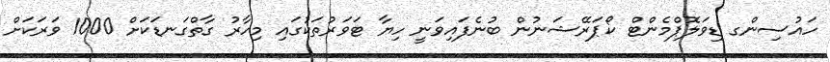
ހައުސިންގ ޑިވަލޮޕްމެންޓް ކޯޕަރޭޝަނުން ބުނެފައިވަނީ ހިޔާ ޓަވަރުތަކުގައި މިހާރު ގާތްގަނޑަކަށް 1000 ވަރަކަށް